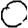
Digit: 0